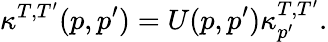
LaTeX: \kappa^{T,T^{\prime}}(p,p^{\prime})=U(p,p^{\prime})\kappa_{p^{\prime}}^{T,T^{\prime}}.